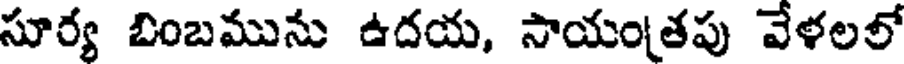
సూర్య బింబమును ఉదయ, సాయంతపు వేళలలో